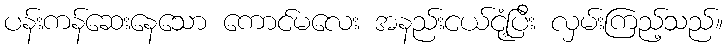
ပန်းကန်ဆေးနေသော ကောင်မလေး အနည်းငယ်ငုံ့ပြီး လှမ်းကြည့်သည်။